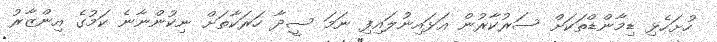
ހުށަހެޅި ޑިމާންޑްތަކަށް ސަރުކާރުން އަޅައިނުލައިފި ނަމަ ސީދާ ހަރަކާތަށް ނިކުންނާނެ ކަމުގެ އިންޒާރު